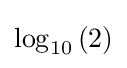
\log _{10}\left(2\right)